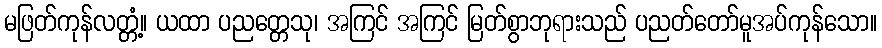
မဖြတ်ကုန်လတ္တံ့။ ယထာ ပညတ္တေသု၊ အကြင် အကြင် မြတ်စွာဘုရားသည် ပညတ်တော်မူအပ်ကုန်သော။